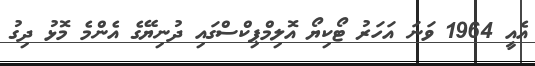
އެއީ 1964 ވަނަ އަހަރު ޓޯކިޔޯ އޮލިމްޕިކްސްގައި ދުނިޔޭގެ އެންމެ މޮޅު ދިގު